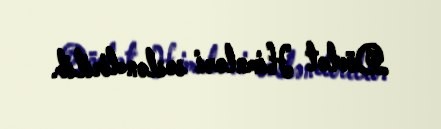
Dövlət Himnləri səsləndirilib.